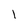
Character: l